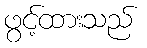
ဖွင့်ထားသည်